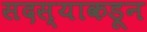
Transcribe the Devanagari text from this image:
सदस्याकडून